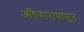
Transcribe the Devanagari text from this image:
अधिकारांपासून